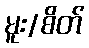
မူး/စိတ်